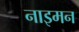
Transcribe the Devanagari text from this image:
नाइमन